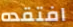
افتقده